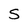
Character: S